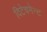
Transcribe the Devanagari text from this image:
दिटेचमेन्ट